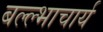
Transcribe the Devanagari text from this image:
बल्ल्भाचार्य